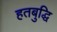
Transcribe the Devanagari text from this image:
हतबुद्धि